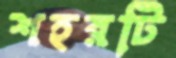
শহরটি